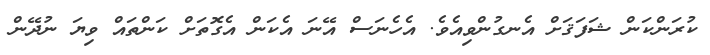
ކުރަންކަން ޝަފަޤަށް އެނގުންވިއެވެ. އެހެނަސް އޭނަ އެކަން އެގޮތަށް ކަންތައް ވިޔަ ނުދޭން